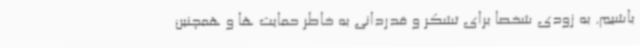
باشیم. به زودی شخصاً برای تشکر و قدردانی به خاطر حمایت ها و همچنین